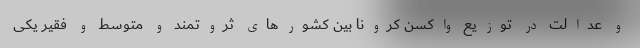
و عدالت در توزیع واکسن کرونا بین کشورهای ثروتمند و متوسط و فقیر یکی